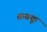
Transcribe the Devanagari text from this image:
तम्बकू